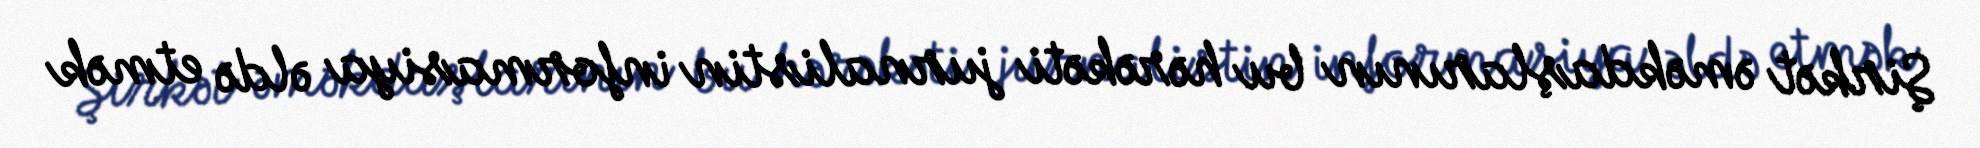
Şirkət əməkdaşlarının bu hərəkəti jurnalistin informasiya əldə etmək